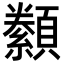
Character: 𮨟